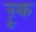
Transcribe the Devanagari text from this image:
ऱूक